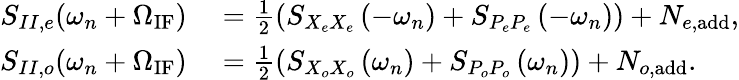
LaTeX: \begin{array}{rl}{S_{II,e}(\omega_{n}+\Omega_{\mathrm{IF}})}&{{}=\frac{1}{2}(S_{X_{e}X_{e}}\left(-\omega_{n}\right)+S_{{P_{e}P_{e}}}\left(-\omega_{n}\right))+N_{e,\mathrm{add}},}\\ {S_{II,o}(\omega_{n}+\Omega_{\mathrm{IF}})}&{{}=\frac{1}{2}(S_{X_{o}X_{o}}\left(\omega_{n}\right)+S_{{P_{o}P_{o}}}\left(\omega_{n}\right))+N_{o,\mathrm{add}}.}\end{array}